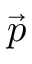
\vec { p }